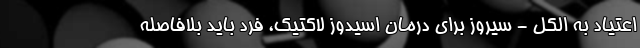
اعتیاد به الکل - سیروز برای درمان اسیدوز لاکتیک، فرد باید بلافاصله